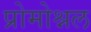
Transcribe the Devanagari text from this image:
प्रोमोश्नल